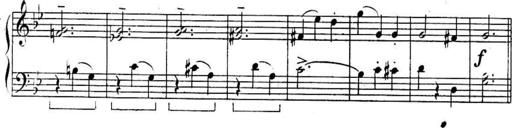
Title: Sonatines
Composer: Hedwige ChrÃ©tien